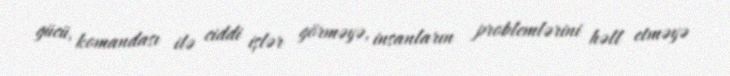
gücü, komandası ilə ciddi işlər görməyə, insanların problemlərini həll etməyə